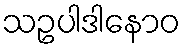
သဥပါဒါနောဝ